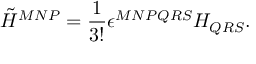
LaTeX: { \tilde { H } } ^ { M N P } = \frac { 1 } { 3 ! } \epsilon ^ { M N P Q R S } H _ { Q R S } .